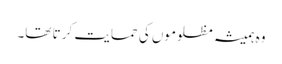
وہ ہمیشہ مظلوموں کی حمایت کر تا تھا۔